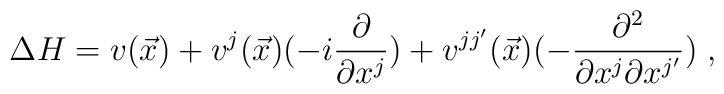
\Delta H = v (\vec x) + v^j (\vec x)(-i\frac{\partial}{\partial x^j}) + v^{jj'} (\vec x)( -\frac{\partial^2}{\partial x^j \partial x^{j'}}) \;,